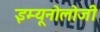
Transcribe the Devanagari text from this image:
इम्यूनोलोजी